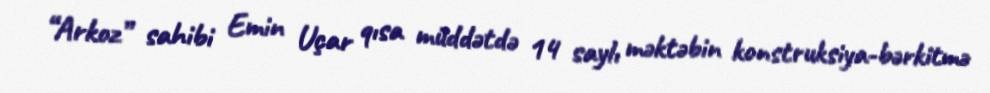
“Arkoz” sahibi Emin Uçar qısa müddətdə 14 saylı məktəbin konstruksiya-bərkitmə